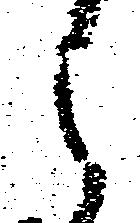
之